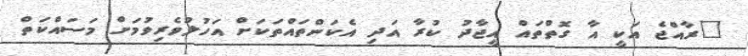
"ރާއްޖެ އަކީ އާ ގޮތްތައް އީޖާދު ކުރާ އަދި އެކަންތައްތަކަށް އަހުލުވެރިވުމަށް މަސައްކަތް